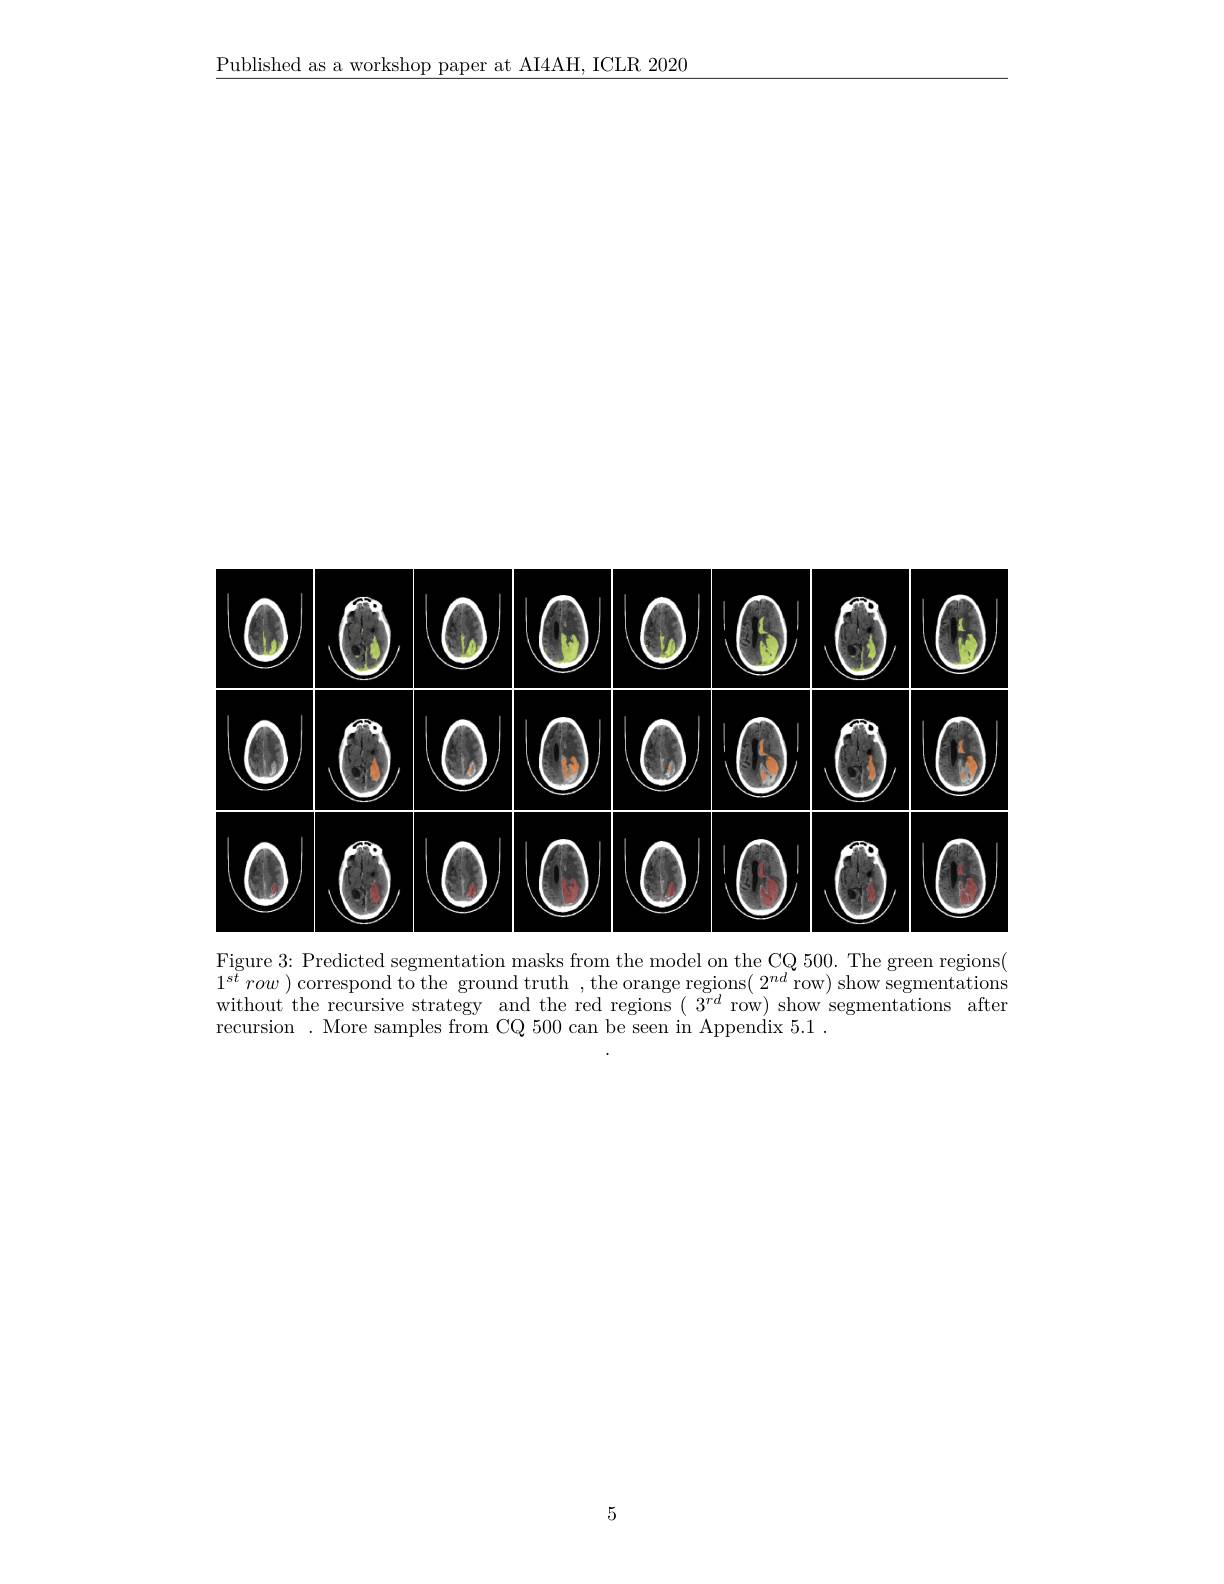
$\underline{\text{Published as a workshop paper at AI4AH, ICLR 2020}}$

<FigureHere>

Figure 3: Predicted segmentation masks from the model on the CQ 500. The green regions( $1^{st}row$ )correspond to the ground truth , the orange regions( 2$^nd$ row) show segmentationswithe the recursive strategy and the red regions ( 3$^{rd}$ row) show segmentations after recursion . More samples from CQ 500 can be seen in Appendix 5.1 .

5